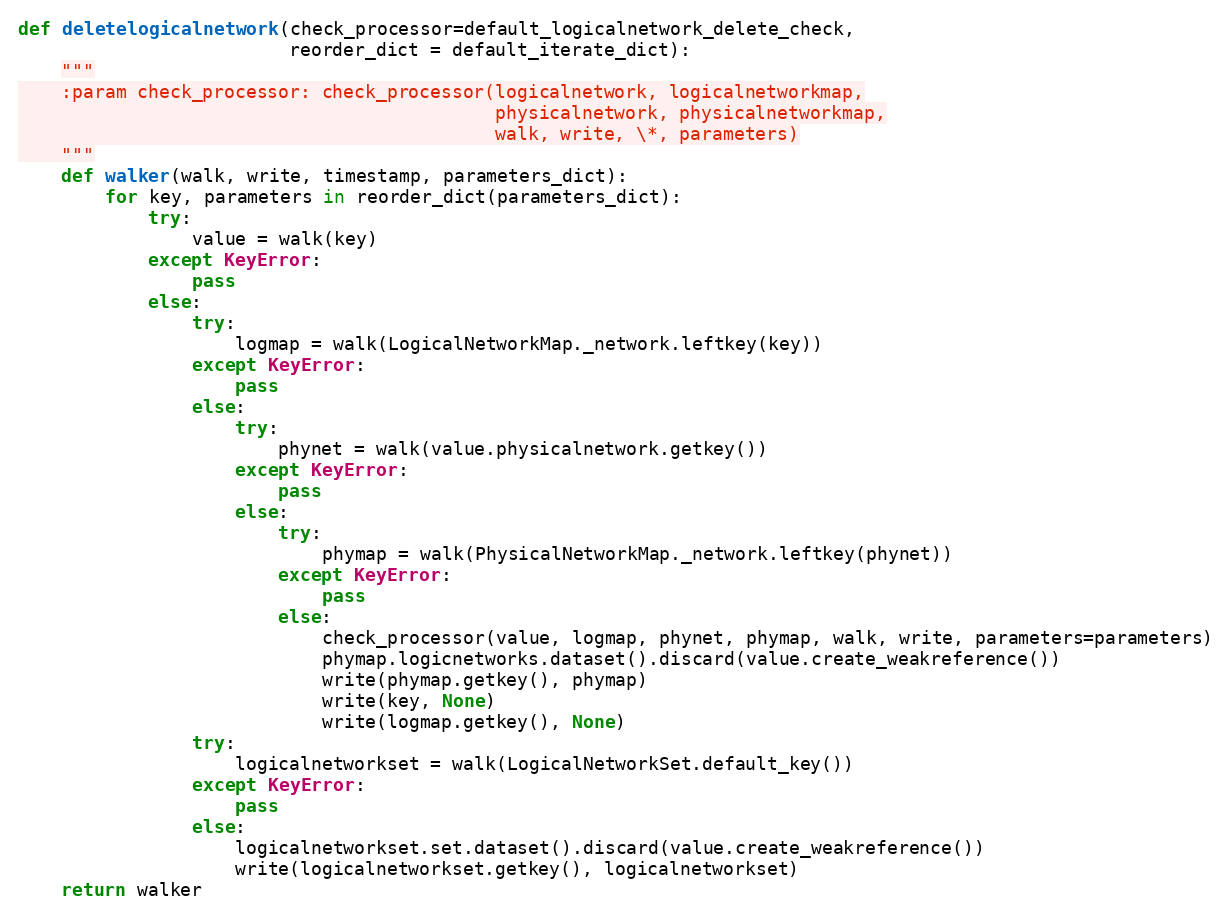
Language: Python
def deletelogicalnetwork(check_processor=default_logicalnetwork_delete_check,
                         reorder_dict = default_iterate_dict):
    """
    :param check_processor: check_processor(logicalnetwork, logicalnetworkmap,
                                            physicalnetwork, physicalnetworkmap,
                                            walk, write, \*, parameters)
    """
    def walker(walk, write, timestamp, parameters_dict):
        for key, parameters in reorder_dict(parameters_dict):
            try:
                value = walk(key)
            except KeyError:
                pass
            else:
                try:
                    logmap = walk(LogicalNetworkMap._network.leftkey(key))
                except KeyError:
                    pass
                else:
                    try:
                        phynet = walk(value.physicalnetwork.getkey())
                    except KeyError:
                        pass
                    else:
                        try:
                            phymap = walk(PhysicalNetworkMap._network.leftkey(phynet))
                        except KeyError:
                            pass
                        else:
                            check_processor(value, logmap, phynet, phymap, walk, write, parameters=parameters)
                            phymap.logicnetworks.dataset().discard(value.create_weakreference())
                            write(phymap.getkey(), phymap)
                            write(key, None)
                            write(logmap.getkey(), None)
                try:
                    logicalnetworkset = walk(LogicalNetworkSet.default_key())
                except KeyError:
                    pass
                else:
                    logicalnetworkset.set.dataset().discard(value.create_weakreference())
                    write(logicalnetworkset.getkey(), logicalnetworkset)
    return walker